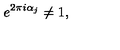
e ^ { 2 \pi i \alpha _ { j } } \neq 1 ,